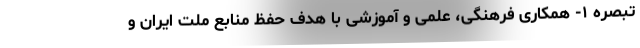
تبصره ۱- همکاری فرهنگی، علمی و آموزشی با هدف حفظ منابع ملت ایران و